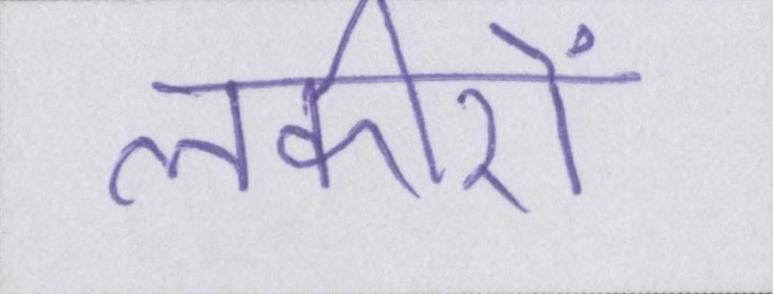
लकीरों